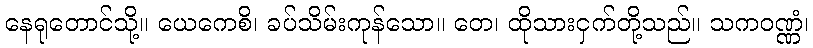
နေရုတောင်သို့။ ယေကေစိ၊ ခပ်သိမ်းကုန်သော။ တေ၊ ထိုသားငှက်တို့သည်။ သကဝဏ္ဏံ၊